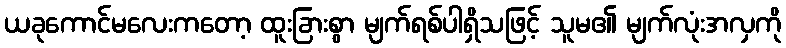
ယခုကောင်မလေးကတော့ ထူးခြားစွာ မျက်ရစ်ပါရှိသဖြင့် သူမ၏ မျက်လုံးအလှကို